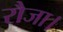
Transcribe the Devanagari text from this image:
रौजा।